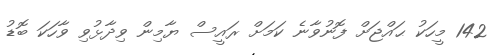
142 މީހަކު ޙައްޖަށް ފޮނުވާނެ ކަމަށް ރައީސް ޔާމިން ވިދާޅުވި ވާހަކަ ބޮޑު